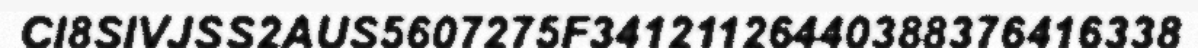
CI8SIVJSS2AUS5607275F34121126440388376416338